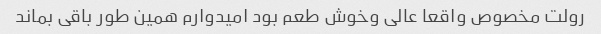
رولت مخصوص واقعا عالی وخوش طعم بود امیدوارم همین طور باقی بماند